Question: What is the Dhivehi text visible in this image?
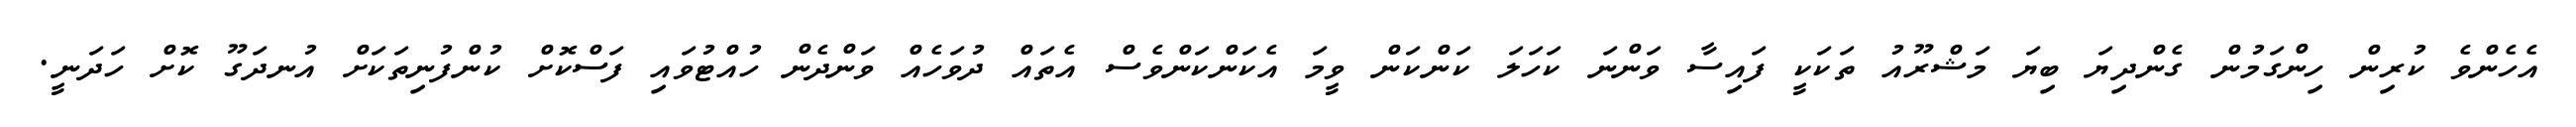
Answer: އެހެންވެ ކުރިން ހިންގަމުން ގެންދިޔަ ބިޔަ މަޝްރޫއު ތަކަކީ ފައިސާ ވަންނަ ކަހަލަ ކަންކަން ވީމަ އެކަންކަންވެސް އެތައް ދުވަހެއް ވަންދެން ހުއްޓުވައި ފަސްކޮށް ކުންފުނިތަކަށް އުނދަގޫ ކޮށް ހަދަނީ.